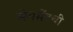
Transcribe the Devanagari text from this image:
सेगमेंटची